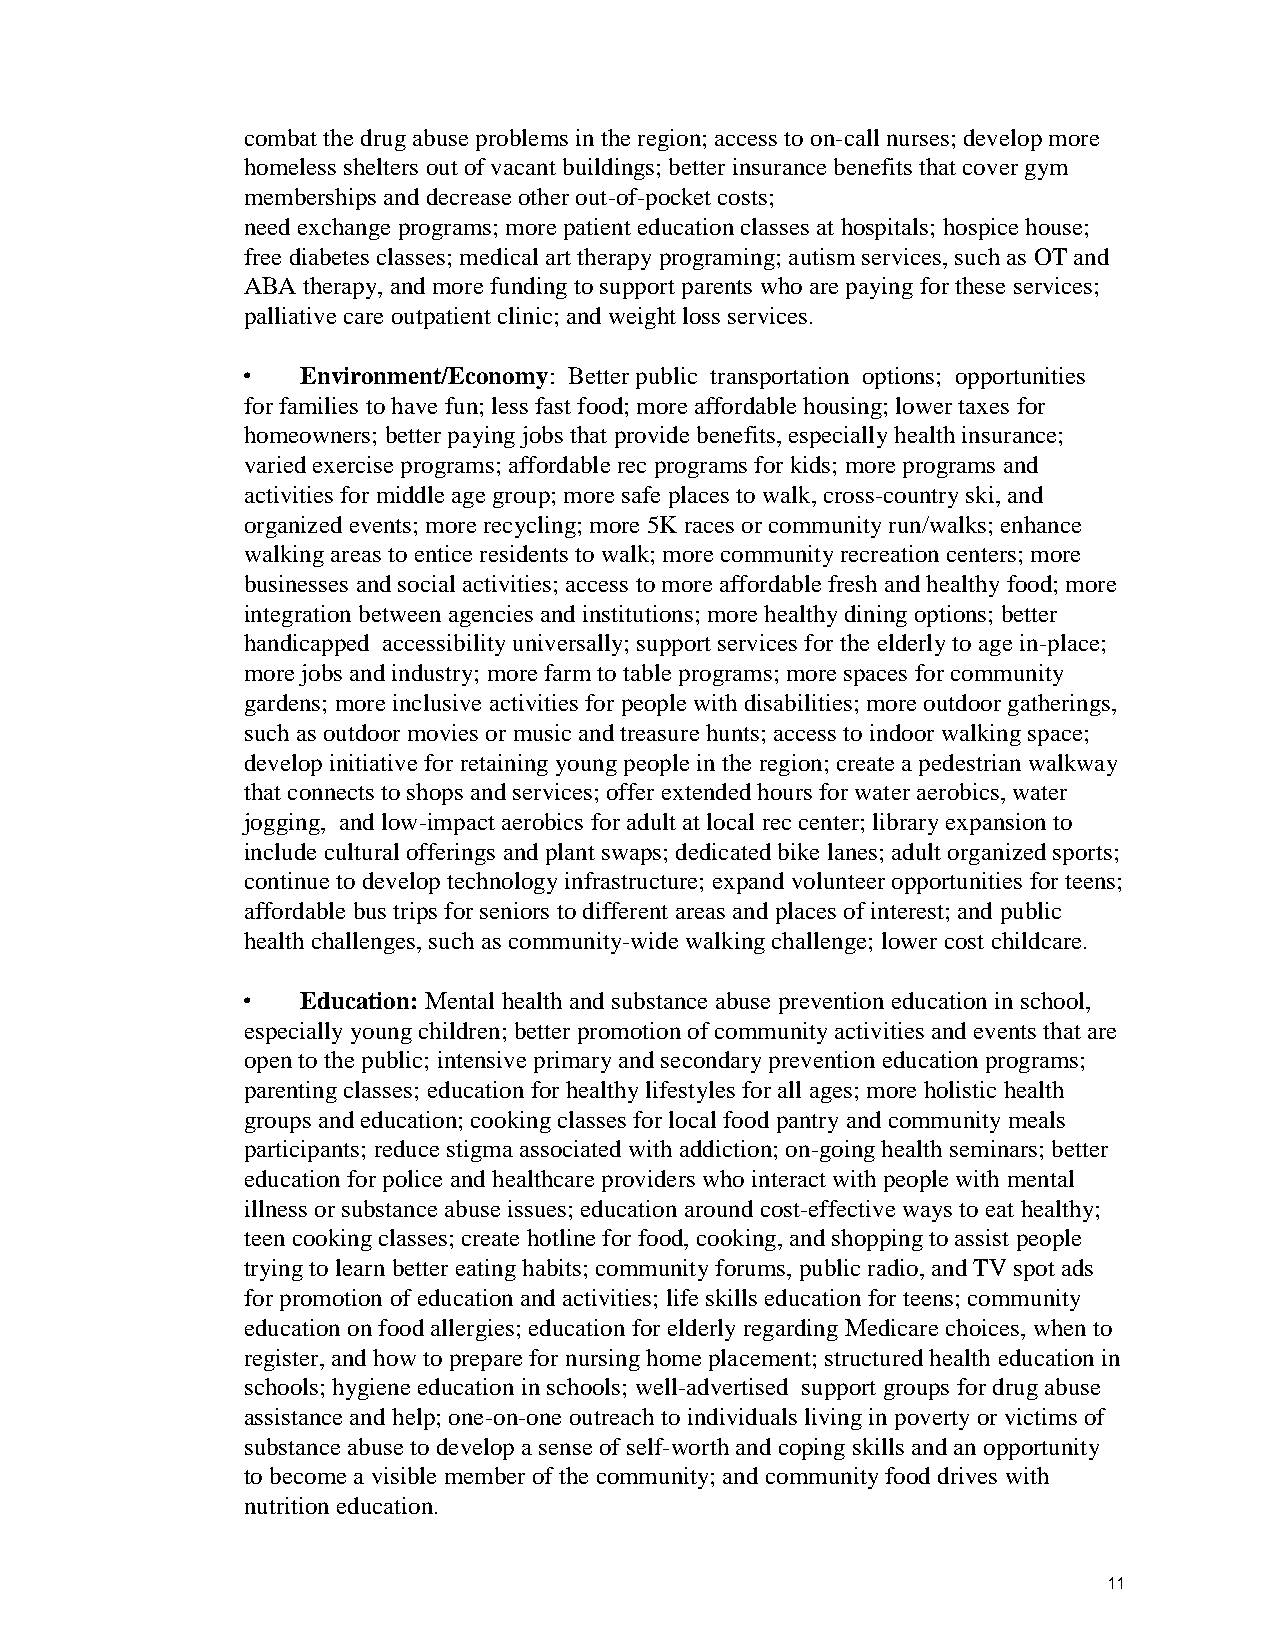
combat the drug abuse problems in the region; access to on-call nurses; develop more
 homeless shelters out of vacant buildings; better insurance benefits that cover gym
 memberships and decrease other out-of-pocket costs;
 need exchange programs; more patient education classes at hospitals; hospice house;
 free diabetes classes; medical art therapy programing; autism services, such as OT and
 ABA therapy, and more funding to support parents who are paying for these services;
 palliative care outpatient clinic; and weight loss services.
 •   Environment/Economy: Better public transportation options; opportunities
 for families to have fun; less fast food; more affordable housing; lower taxes for
 homeowners; better paying jobs that provide benefits, especially health insurance;
 varied exercise programs; affordable rec programs for kids; more programs and
 activities for middle age group; more safe places to walk, cross-country ski, and
 organized events; more recycling; more 5K races or community run/walks; enhance
 walking areas to entice residents to walk; more community recreation centers; more
 businesses and social activities; access to more affordable fresh and healthy food; more
 integration between agencies and institutions; more healthy dining options; better
 handicapped accessibility universally; support services for the elderly to age in-place;
 more jobs and industry; more farm to table programs; more spaces for community
 gardens; more inclusive activities for people with disabilities; more outdoor gatherings,
 such as outdoor movies or music and treasure hunts; access to indoor walking space;
 develop initiative for retaining young people in the region; create a pedestrian walkway
 that connects to shops and services; offer extended hours for water aerobics, water
 jogging, and low-impact aerobics for adult at local rec center; library expansion to
 include cultural offerings and plant swaps; dedicated bike lanes; adult organized sports;
 continue to develop technology infrastructure; expand volunteer opportunities for teens;
 affordable bus trips for seniors to different areas and places of interest; and public
 health challenges, such as community-wide walking challenge; lower cost childcare.
 •   Education: Mental health and substance abuse prevention education in school,
 especially young children; better promotion of community activities and events that are
 open to the public; intensive primary and secondary prevention education programs;
 parenting classes; education for healthy lifestyles for all ages; more holistic health
 groups and education; cooking classes for local food pantry and community meals
 participants; reduce stigma associated with addiction; on-going health seminars; better
 education for police and healthcare providers who interact with people with mental
 illness or substance abuse issues; education around cost-effective ways to eat healthy;
 teen cooking classes; create hotline for food, cooking, and shopping to assist people
 trying to learn better eating habits; community forums, public radio, and TV spot ads
 for promotion of education and activities; life skills education for teens; community
 education on food allergies; education for elderly regarding Medicare choices, when to
 register, and how to prepare for nursing home placement; structured health education in
 schools; hygiene education in schools; well-advertised support groups for drug abuse
 assistance and help; one-on-one outreach to individuals living in poverty or victims of
 substance abuse to develop a sense of self-worth and coping skills and an opportunity
 to become a visible member of the community; and community food drives with
 nutrition education.
 11